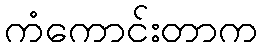
ကံကောင်းတာက